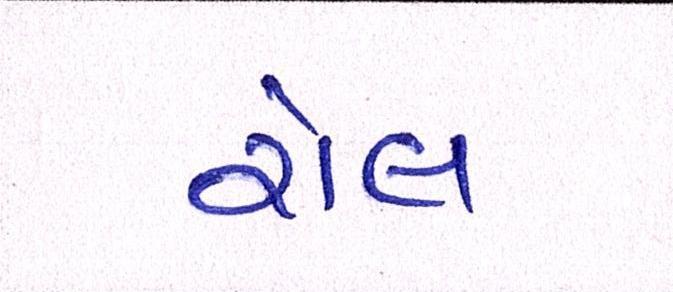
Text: રોલ